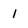
Character: 1